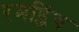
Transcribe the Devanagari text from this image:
रमब्लिंग